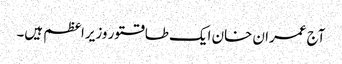
آج عمران خان ایک طاقتور وزیراعظم ہیں۔